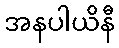
အနပါယိနီ